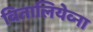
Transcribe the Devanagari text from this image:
वितालियेव्ना